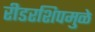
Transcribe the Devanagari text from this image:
रीडरशिपमुळे